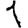
Digit: 1